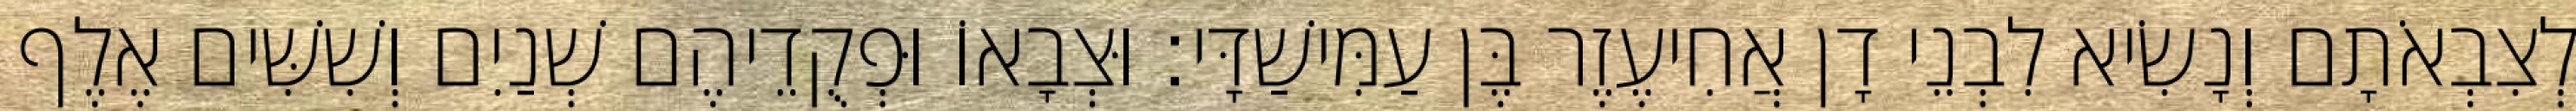
לְצִבְאֹתָם וְנָשִׂיא לִבְנֵי דָן אֲחִיעֶזֶר בֶּן עַמִּישַׁדָּי׃ וּצְבָאוֹ וּפְקֻדֵיהֶם שְׁנַיִם וְשִׁשִּׁים אֶלֶף